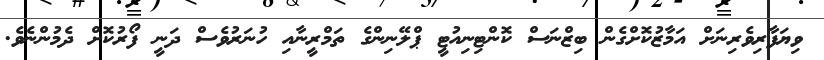
ވިޔަފާރިވެރިނަށް އަމާޒުކޮށްގެން ބިޒްނަސް ކޮންޓިނިއުޓީ ޕްލޭނިންގެ ތަމްރީނާއި ހުނަރުވެސް ދަނީ ފޯރުކޮށް ދެމުންނެވެ.